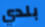
بلدي